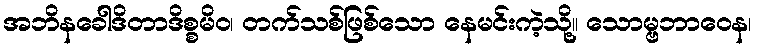
အဘိနခေါဒိတာဒိစ္စမိဝ၊ တက်သစ်ဖြစ်သော နေမင်းကဲ့သို့။ သောမ္ဗဘာဝေန၊